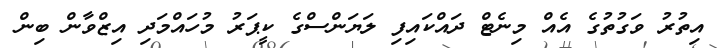
އިތުރު ވަގުތުގެ އެއް މިނެޓް ދައްކައިފި ލަޔަންސްގެ ކީޕަރު މުހައްމަދި އިޒްވާން ބިން